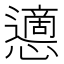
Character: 𢤊